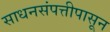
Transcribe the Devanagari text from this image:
साधनसंपत्तीपासून